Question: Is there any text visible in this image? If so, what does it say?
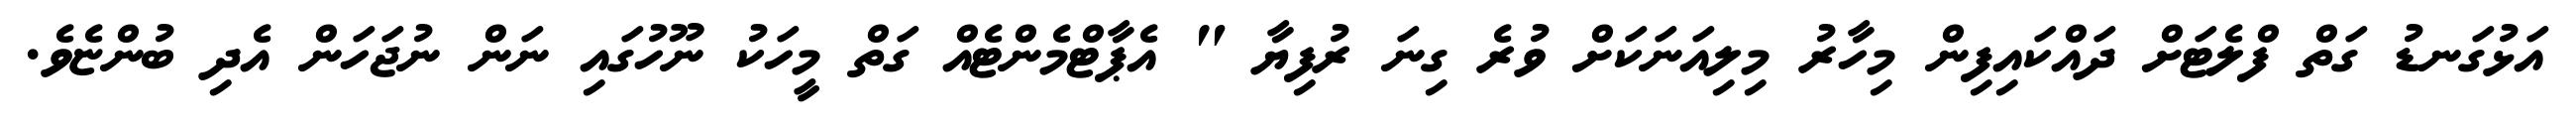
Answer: އަޅުގަނޑު ގަތް ފްލެޓަށް ދައްކައިފިން މިހާރު މިލިއަނަކަށް ވުރެ ގިނަ ރުފިޔާ " އެޕާޓްމެންޓެއް ގަތް މީހަކު ނޫހުގައި ނަން ނުޖަހަން އެދި ބުންޏެވެ.